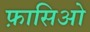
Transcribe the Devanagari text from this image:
फ़ासिओ